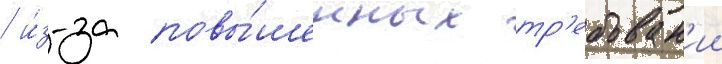
/ и́з-за повы́шенных тр'ебован'ии